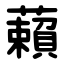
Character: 藾